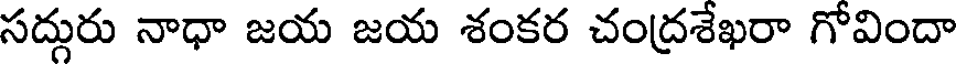
సద్గురు నాధా జయ జయ శంకర చంద్రశేఖరా గోవిందా